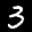
Label: 3